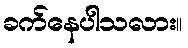
ခက်နေပါသလား။